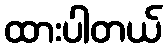
ထားပါတယ်